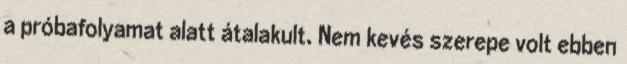
a próbafolyamat alatt átalakult. Nem kevés szerepe volt ebben